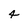
Character: 4